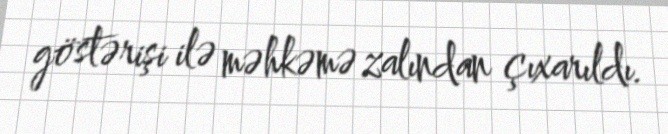
göstərişi ilə məhkəmə zalından çıxarıldı.